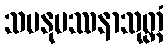
သမနုပဿနာသုတ္တံ